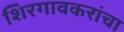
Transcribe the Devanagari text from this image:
शिरगावकरांचा